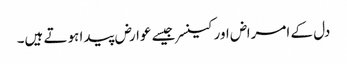
دل کے امراض اور کینسر جیسے عوارض پیدا ہوتے ہیں۔